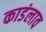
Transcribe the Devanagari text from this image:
काडंलाव